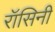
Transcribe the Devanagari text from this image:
रॉसिनी